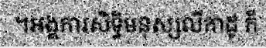
។អង្គការសិទ្ធិមនុស្សលីកាដូ ក៏